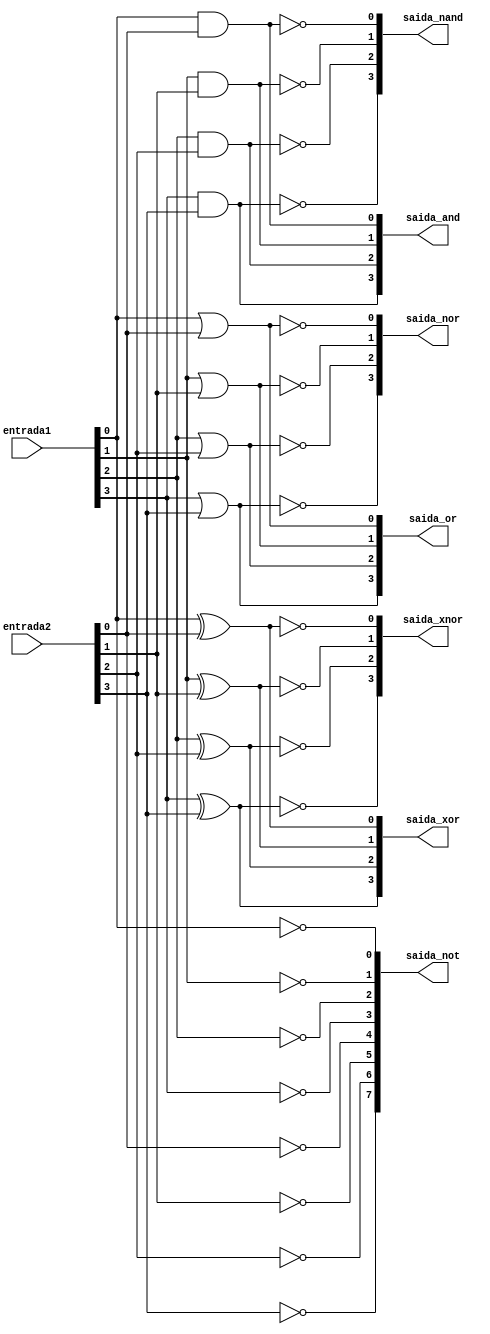
// --------------------------------------
// Exemplo0035 - Selecionvel
// Nome: Joo Henrique Mendes de Oliveira
// --------------------------------------
// -------------------------
// sel_gate
// -------------------------

module sel (output [3:0]saida_and, output [3:0]saida_nand, output [3:0]saida_or, output [3:0]saida_nor, output [3:0]saida_xor, output [3:0]saida_xnor,
				output [7:0]saida_not, input [3:0]entrada1, input [3:0]entrada2);
	//---AND				
	and AND1 (saida_and[0], entrada1[0], entrada2[0]);
	and AND2 (saida_and[1], entrada1[1], entrada2[1]);
	and AND3 (saida_and[2], entrada1[2], entrada2[2]);
	and AND4 (saida_and[3], entrada1[3], entrada2[3]);  
	//---NAND
	nand NAND1 (saida_nand[0], entrada1[0], entrada2[0]);
	nand NAND2 (saida_nand[1], entrada1[1], entrada2[1]);
	nand NAND3 (saida_nand[2], entrada1[2], entrada2[2]);
	nand NAND4 (saida_nand[3], entrada1[3], entrada2[3]);
	//---OR
	or OR1 (saida_or[0], entrada1[0], entrada2[0]);
	or OR2 (saida_or[1], entrada1[1], entrada2[1]);
	or OR3 (saida_or[2], entrada1[2], entrada2[2]);
	or OR4 (saida_or[3], entrada1[3], entrada2[3]);
	//---NOR			
	nor NOR1 (saida_nor[0], entrada1[0], entrada2[0]);
	nor NOR2 (saida_nor[1], entrada1[1], entrada2[1]);
	nor NOR3 (saida_nor[2], entrada1[2], entrada2[2]);
	nor NOR4 (saida_nor[3], entrada1[3], entrada2[3]);
	//---XOR			
	xor XOR1 (saida_xor[0], entrada1[0], entrada2[0]);
	xor XOR2 (saida_xor[1], entrada1[1], entrada2[1]);
	xor XOR3 (saida_xor[2], entrada1[2], entrada2[2]);
	xor XOR4 (saida_xor[3], entrada1[3], entrada2[3]);
	//---XNOR	
	xnor XNOR1 (saida_xnor[0], entrada1[0], entrada2[0]);
	xnor XNOR2 (saida_xnor[1], entrada1[1], entrada2[1]);
	xnor XNOR3 (saida_xnor[2], entrada1[2], entrada2[2]);
	xnor XNOR4 (saida_xnor[3], entrada1[3], entrada2[3]);
	//---NOT			
	not NOT1 (saida_not[0], entrada1[0]);
	not NOT2 (saida_not[1], entrada1[1]);
	not NOT3 (saida_not[2], entrada1[2]);
	not NOT4 (saida_not[3], entrada1[3]);
	//---NOT			
	not NOT5 (saida_not[4], entrada2[0]);
	not NOT6 (saida_not[5], entrada2[1]);
	not NOT7 (saida_not[6], entrada2[2]);
	not NOT8 (saida_not[7], entrada2[3]);
endmodule //--sel

// ------------------------- 
// -- test sel
// -------------------------
module test_sel; 

	reg  [3:0] x;
	reg  [3:0] y;
			 
	wire [3:0] w;
	wire [3:0] r;
	wire [3:0] t;
	wire [3:0] p;
	wire [3:0] a;
	wire [3:0] f;
	wire [7:0] b;
	
	sel modulo ( w, r, t, p, a, f, b, x, y);
	 
	initial begin:main
		$display("Exemplo0035 - Joo Henrique Mendes de Oliveira - 392734");
      $display("Test LU's module:\n");
		#1 x = 4'b0101; y = 4'b1010; 
		$monitor("Resultado: x = %4b \t y = %4b \n  Negao de x = %4b \t Negao de y = %4b\n  and = %4b \t nand = %4b \n   or = %4b \t  nor = %4b\n  xor = %4b \t xnor = %4b \n" , x, y, b[3:0], b[7:4], w, r, t, p, a, f );
		#1 x = 4'b0101; y = 4'b1010; 
		#1 x = 4'b1111; y = 4'b0000;
		#1 x = 4'b1001; y = 4'b1000; 
	end //--main
endmodule //--test_sel